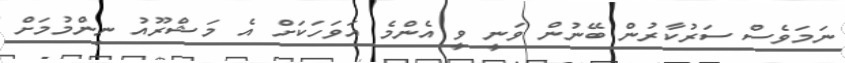
ނަމަވެސް ސަރުކާރުން ބޭނުން ވަނީ ވީ އެންމެ އަވަހަކަށް އެ މަޝްރޫއު ނިންމުމަށް